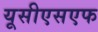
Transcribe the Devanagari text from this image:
यूसीएसएफ